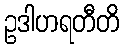
ဥဒါဟရတီတိ